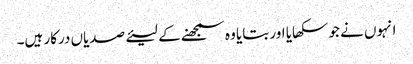
انہوں نے جو سکھایا اور بتایا وہ سمجھنے کے لیئے صدیاں درکار ہیں۔